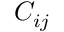
C _ { i j }